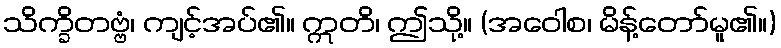
သိက္ခိတဗ္ဗံ၊ ကျင့်အပ်၏။ ဣတိ၊ ဤသို့။ (အဝေါစ၊ မိန့်တော်မူ၏။)